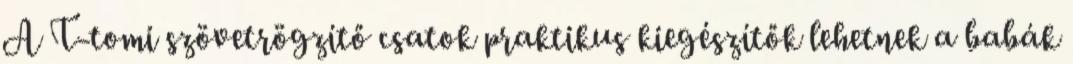
A T-tomi szövetrögzítő csatok praktikus kiegészítők lehetnek a babák